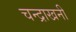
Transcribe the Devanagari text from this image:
चन्द्राखनी